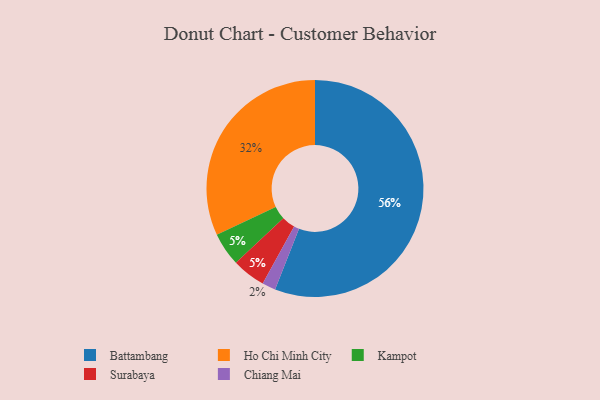
{"axis": {"x": "Category", "y": "Percentage"}, "legend": ["Battambang", "Chiang Mai", "Ho Chi Minh City", "Kampot", "Surabaya"], "data": [{"x": "Kampot", "y": 5, "type": "Kampot"}, {"x": "Surabaya", "y": 5, "type": "Surabaya"}, {"x": "Ho Chi Minh City", "y": 32, "type": "Ho Chi Minh City"}, {"x": "Battambang", "y": 56, "type": "Battambang"}, {"x": "Chiang Mai", "y": 2, "type": "Chiang Mai"}]}